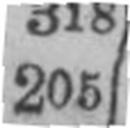
205